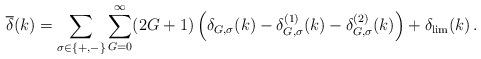
LaTeX: \begin{align*}\overline{\delta}(k) = \sum_{\sigma\in\{ +,- \}}\sum_{G=0}^\infty (2G+1)\left(\delta_{G,\sigma}(k) - \delta^{(1)}_{G,\sigma}(k) - \delta^{(2)}_{G,\sigma}(k) \right) + \delta_{\rm lim}(k) \, .\end{align*}